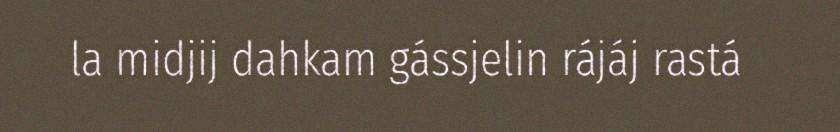
la midjij dahkam gássjelin rájáj rastá